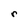
Character: r